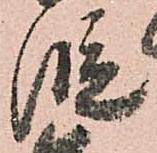
段